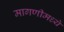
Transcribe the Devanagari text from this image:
मागणीमध्ये